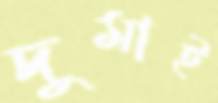
দুমাই